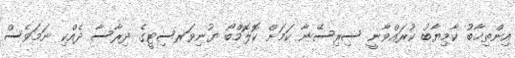
އިންތިޚާބު ކާމިޔާބު ކުރައްވާނީ ސިރިސޭނާ ކަމަށް ކޮލޮމްބޯ ޔުނިވަރސިޓީގެ ދިރާސާ ދެއްކި ނަމަވެސް